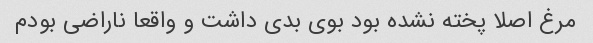
مرغ اصلا پخته نشده بود بوی بدی داشت و واقعا ناراضی بودم